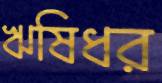
ঋষিধর